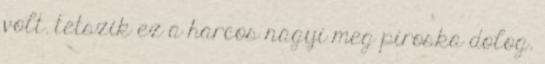
volt. tetszik ez a harcos nagyi meg piroska dolog.